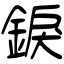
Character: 錑